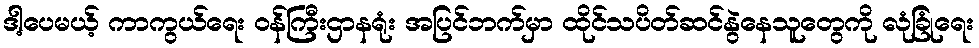
ဒါ့ပေမယ့် ကာကွယ်ရေး ဝန်ကြီးဌာနရုံး အပြင်ဘက်မှာ ထိုင်သပိတ်ဆင်နွဲနေသူတွေကို လုံခြုံရေး